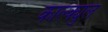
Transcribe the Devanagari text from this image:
काल्क्युल